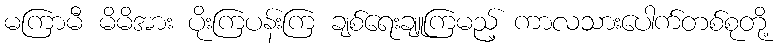
မကြာမီ မိမိအား ပိုးကြပန်းကြ ချစ်ရေးချူကြမည့် ကာလသားပေါက်တစ်စုတို့